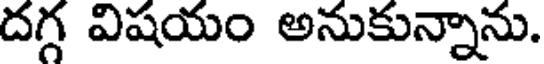
దగ్గ విషయం అనుకున్నాను.